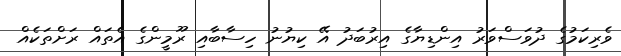
ވެރިކަމުގެ ދުވަސްވަރު އިންޑިޔާގެ އިރުބަދު އޭ ކިޔުނު ހިސާބާއި ރޫމީންގެ އެތައް ރަށްތަކެއް